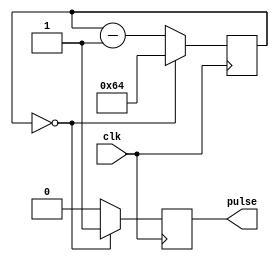
module AsyncPulseGenerator(
    input wire clk,
    output reg pulse
);

reg [15:0] counter;

always @(posedge clk) begin
    if (counter == 0) begin
        pulse <= 1;
        counter <= 100; // specified pulse interval
    end else begin
        pulse <= 0;
        counter <= counter - 1;
    end
end

endmodule